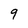
Character: 9